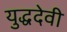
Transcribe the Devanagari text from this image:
युद्धदेवी